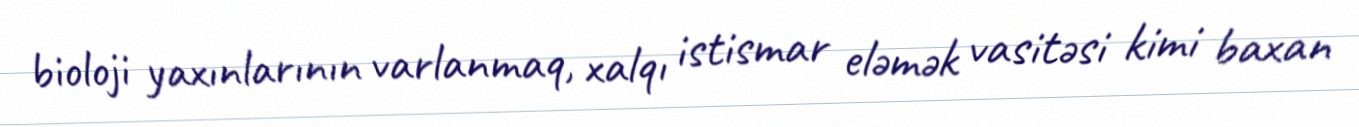
bioloji yaxınlarının varlanmaq, xalqı istismar eləmək vasitəsi kimi baxan